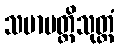
သမာပတ္တိသုတ္တံ